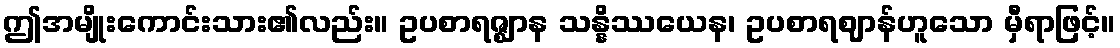
ဤအမျိုးကောင်းသား၏လည်း။ ဥပစာရဇ္ဈာန သန္နိဿယေန၊ ဥပစာရဈာန်ဟူသော မှီရာဖြင့်။